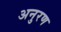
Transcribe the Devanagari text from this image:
अनुरण